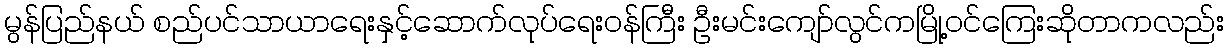
မွန်ပြည်နယ် စည်ပင်သာယာရေးနှင့်ဆောက်လုပ်ရေးဝန်ကြီး ဦးမင်းကျော်လွင်ကမြို့ဝင်ကြေးဆိုတာကလည်း